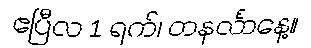
ဧပြီလ 1 ရက်၊ တနင်္လာနေ့။